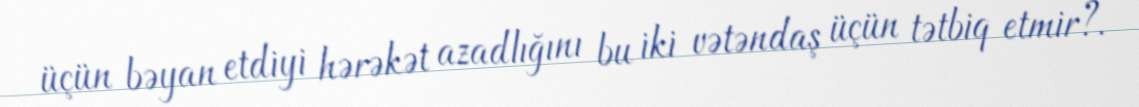
üçün bəyan etdiyi hərəkət azadlığını bu iki vətəndaş üçün tətbiq etmir?.